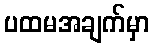
ပထမအချက်မှာ